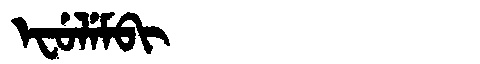
Manchu: ᡝᠸᡠᠯᡝᠮᠪᡳ
Romanization: EFULEMBI